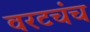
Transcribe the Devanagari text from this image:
वरटचंच